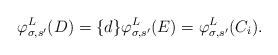
\begin{align*}\varphi^L_{\sigma, s'}(D) = \{d\} \varphi^L_{\sigma, s'}(E) = \varphi^L_{\sigma, s'}(C_i).\end{align*}